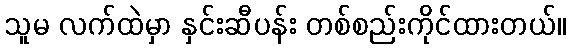
သူမ လက်ထဲမှာ နှင်းဆီပန်း တစ်စည်းကိုင်ထားတယ်။